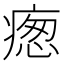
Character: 𭼙